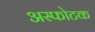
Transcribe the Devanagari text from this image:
अस्फोटक